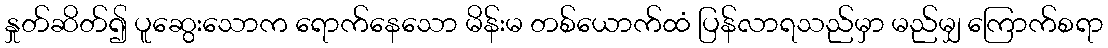
နှုတ်ဆိတ်၍ ပူဆွေးသောက ရောက်နေသော မိန်းမ တစ်ယောက်ထံ ပြန်လာရသည်မှာ မည်မျှ ကြောက်စရာ